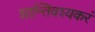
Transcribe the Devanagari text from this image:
शान्तिवश्यकरं